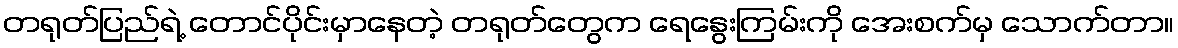
တရုတ်ပြည်ရဲ့ တောင်ပိုင်းမှာနေတဲ့ တရုတ်တွေက ရေနွေးကြမ်းကို အေးစက်မှ သောက်တာ။